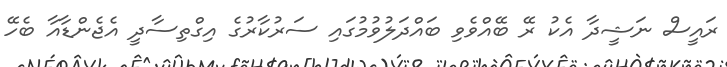
ރައީސް ނަޝީދާ އެކު ރޭ ބޭއްވެވި ބައްދަލުވުމުގައި ސަރުކާރުގެ އިގްތިސާދީ އެޖެންޑާއާ ބެހޭ